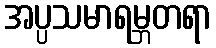
အပ္ပသမာရမ္ဘတရာ